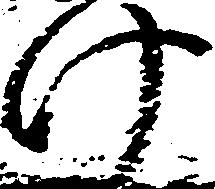
け